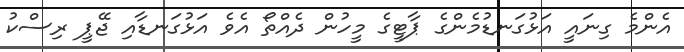
އެންމެ ގިނައީ އަޅުގަނޑުމެންގެ ޕާޓީގެ މީހުން ދެއްތޯ އެވެ އަޅުގަނޑާއި ޖޭޕީ ރިސްކު